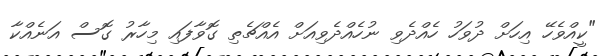
"ކީއްވެހޭ އިހަށް ދުވަހު ހެއްދެވި ނުހެއްދެވިއަށް އެއްޗެތި ގޮވާފައި މިހާރު ގޮސް އަނެއްކާ